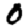
Digit: 0